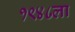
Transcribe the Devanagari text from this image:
१९४८ला